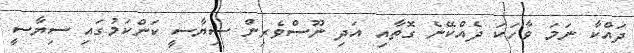
ދައްކާ ނަމަ ވާހަކަ ދެއްކޭނެ ގޮތާއި އަދި ނޫސްވެރިން ސިޔާސީ ކަންކަމުގައި ސިޔާސީ